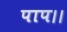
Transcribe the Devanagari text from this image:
पाप।।